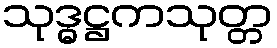
သုဒ္ဓဋ္ဌကသုတ္တ